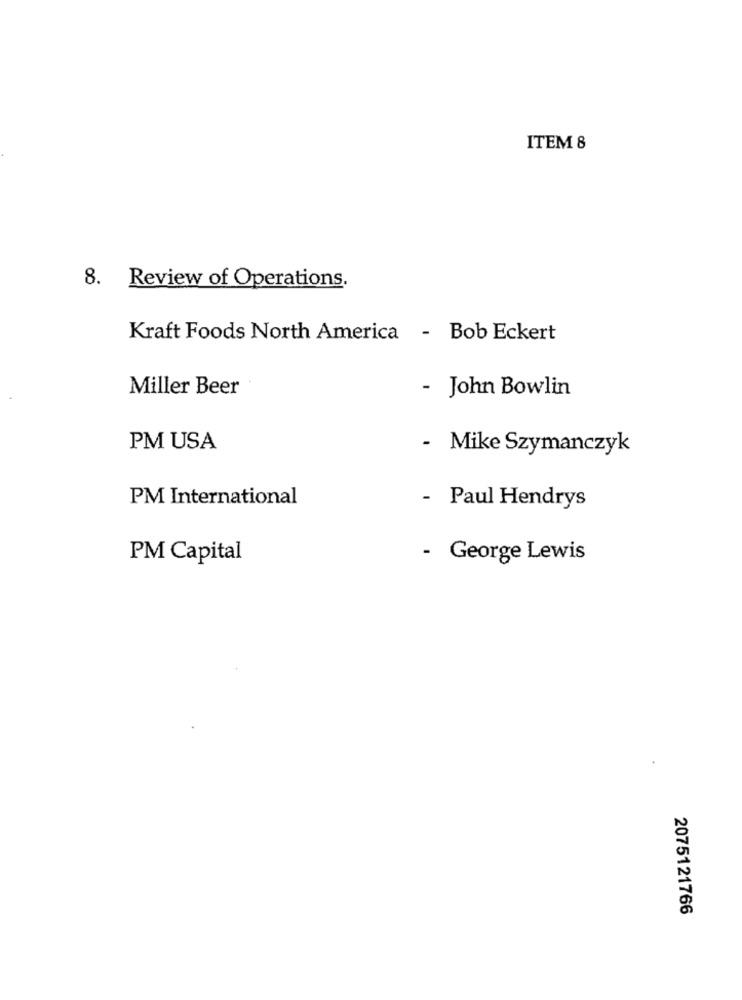
ITEM 8
8. Review of Operations.
Kraft Foods North America - Bob Eckert
Miller Beer
- John Bowlin
PM USA
- Mike Szymanczyk
PM International
Paul Hendrys
PM Capital
- George Lewis
2075121766